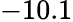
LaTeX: -10.1